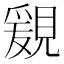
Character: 𧡩